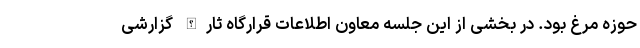
حوزه مرغ بود. در بخشی از این جلسه معاون اطلاعات قرارگاه ثارالله گزارشی